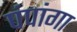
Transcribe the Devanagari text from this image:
पंपांगा